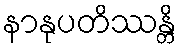
နာနုပတိဿန္တိ